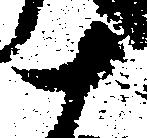
十